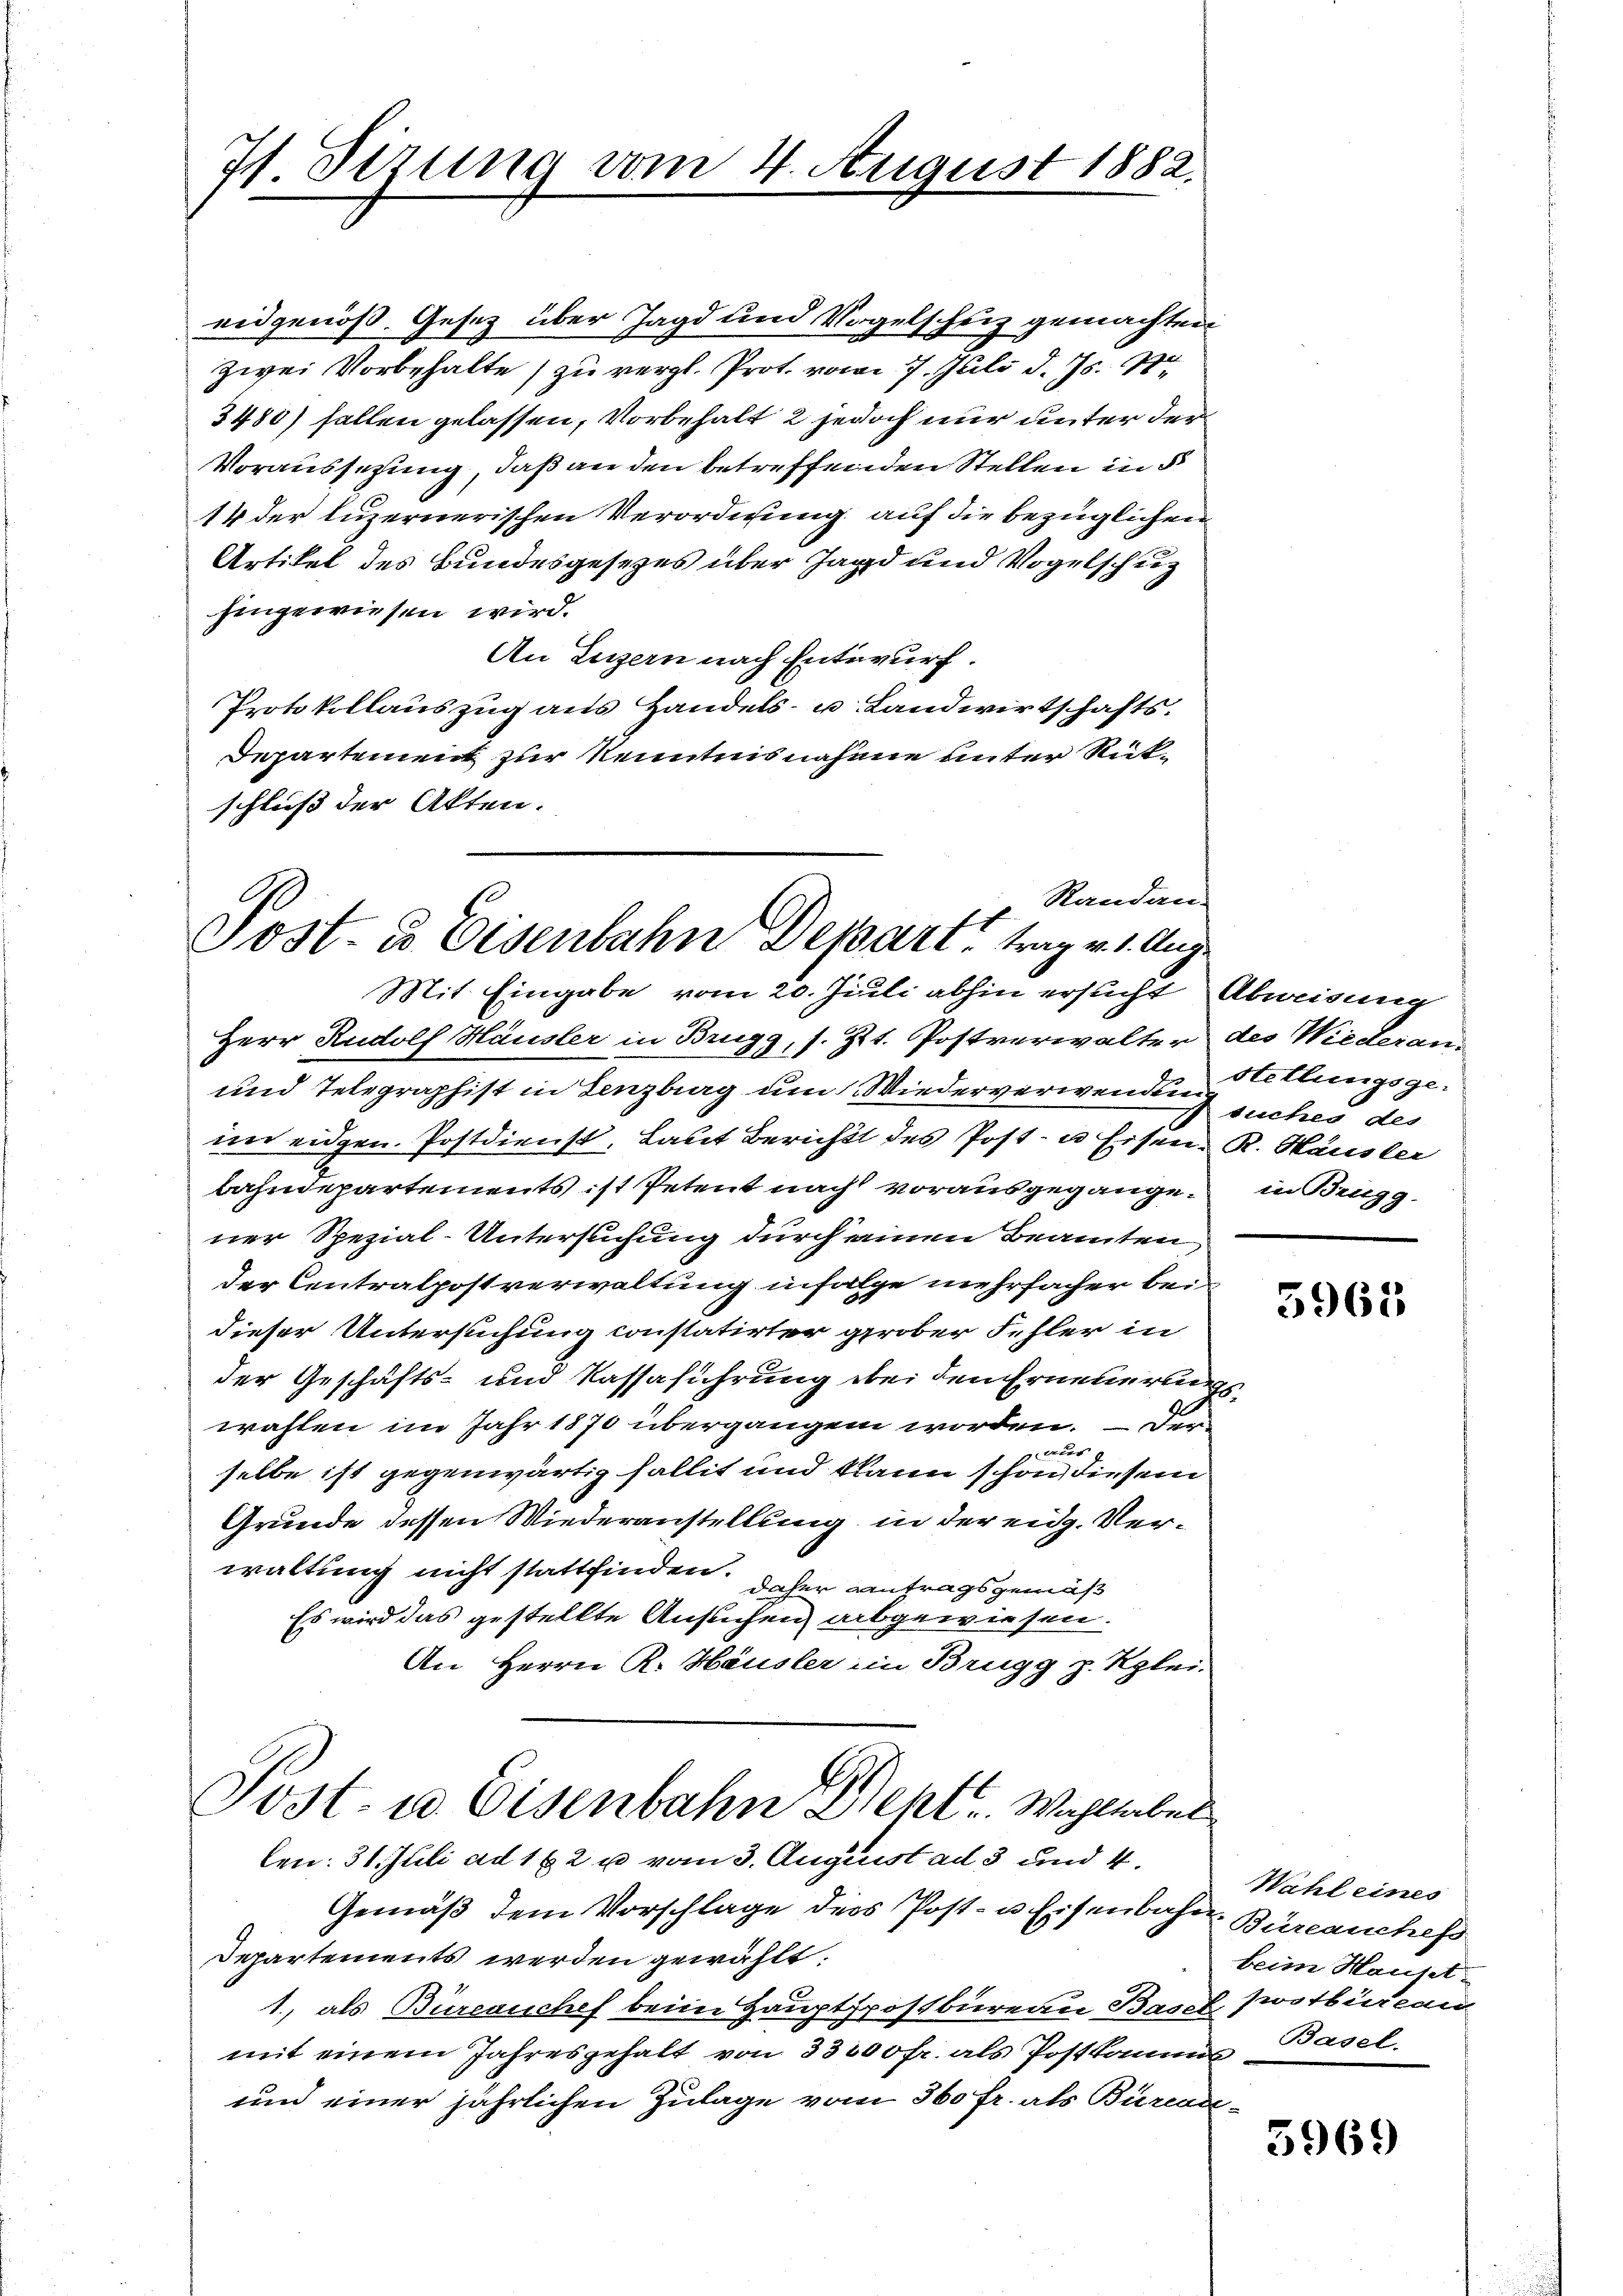
71. Sizung vom 4. August 1882.

eidgenöß. Gesetz über Jagd und Vogelschuz gemachten
zwei Vorbehalte) zu vergl. Prot. vom 7. Juli d. Js. ste
3480) fallen gelassen, Vorbehalt 2 jedoch nur unter der
Voraussetzung, daß an den betreffenden Stellen in d
14 der luzernerischen Verordnung auf die bezüglichen
Artikel des Bundesgesetzes über Jagd und Vogelschuz
hingewiesen wird.
An Luzern nach Entwurf.
Protokollauszug aus Handels- u Landwirtschafts¬
Departement zur Kenntnisnahme unter Rückschluß der Akten.
Randan-

Tost- & Eisenbahn Depart, trag v. 1. Augu

Mit Eingabe vom 20. Juli abhin ersucht Abweisung
Herr Rudolf Häusler in Brugg, s. Zt. Postverwalter des Wiederan¬
und Telegraphist in Lenzburg um Wiederverwenden suches des
im eidgen. Postdienst, Laut Bericht des Post- u. Eisen. R. Häusler
bahndepartements ist Petent nach vorausgegangen in Brugg
ner Spezial-Untersuchung durch einen Beamten,
der Centralpostverwaltung infolge mehrfacher bei
dieser Untersuchung constatirter grober Fehler in
der Geschäfts- und Kassaführung bei den Erneuerungs
wählen im Jahr 1870 übergangen worden. — Der
aer
selbe ist gegenwärtig fallit und kann schon diesem
Grunde dessen Wiederanstellung in der eidg. Verwaltung nicht stattfinden.
daher Antragsgemäß
Es wird das gestellte Ansuchen abgewiesen.
An Herrn R. Häusler im Brugg p. Klei-
Post- u. Eisenbahn Beht. Wahl aber
len: 31. Juli ad 1 & 2 u vom 3. August ad 3 und 4.
Gemäß dem Vorschlage des Post- u. Eisenbahn-Büreauches
Departements werden gewählt:
1., als Büreauchef beim Hauptspostbureau Basel zwotbüreau
mit einem Jahresgehalt von 33000 fr. als Postkamms¬
und einer jährlichen Zulage vom 360 fr. als Büreau

stellungsge-

5963

Wahl eines
beim Hauset
Basel.

e

5969